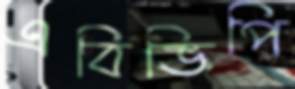
এবিভিপি